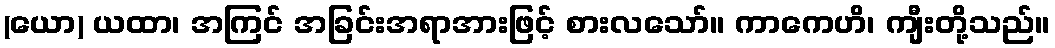
(ယော) ယထာ၊ အကြင် အခြင်းအရာအားဖြင့် စားလသော်။ ကာကေဟိ၊ ကျီးတို့သည်။